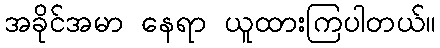
အခိုင်အမာ နေရာ ယူထားကြပါတယ်။